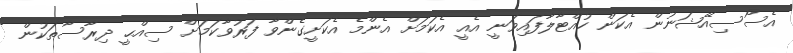
އެސޯސިއޭޝަނުން އެކަން ހުއްޓާލާފައިވަނީ އެއީ އެކަމަށް އެންމެ އެކަށީގެންވާ ފަރުވާކަމަށް ސިއްޙީ ދިރާސާތަކުން